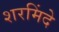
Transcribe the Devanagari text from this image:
शरमिंदे